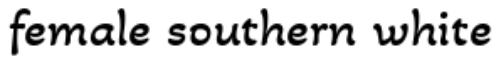
female southern white